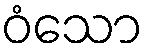
ဝံသော